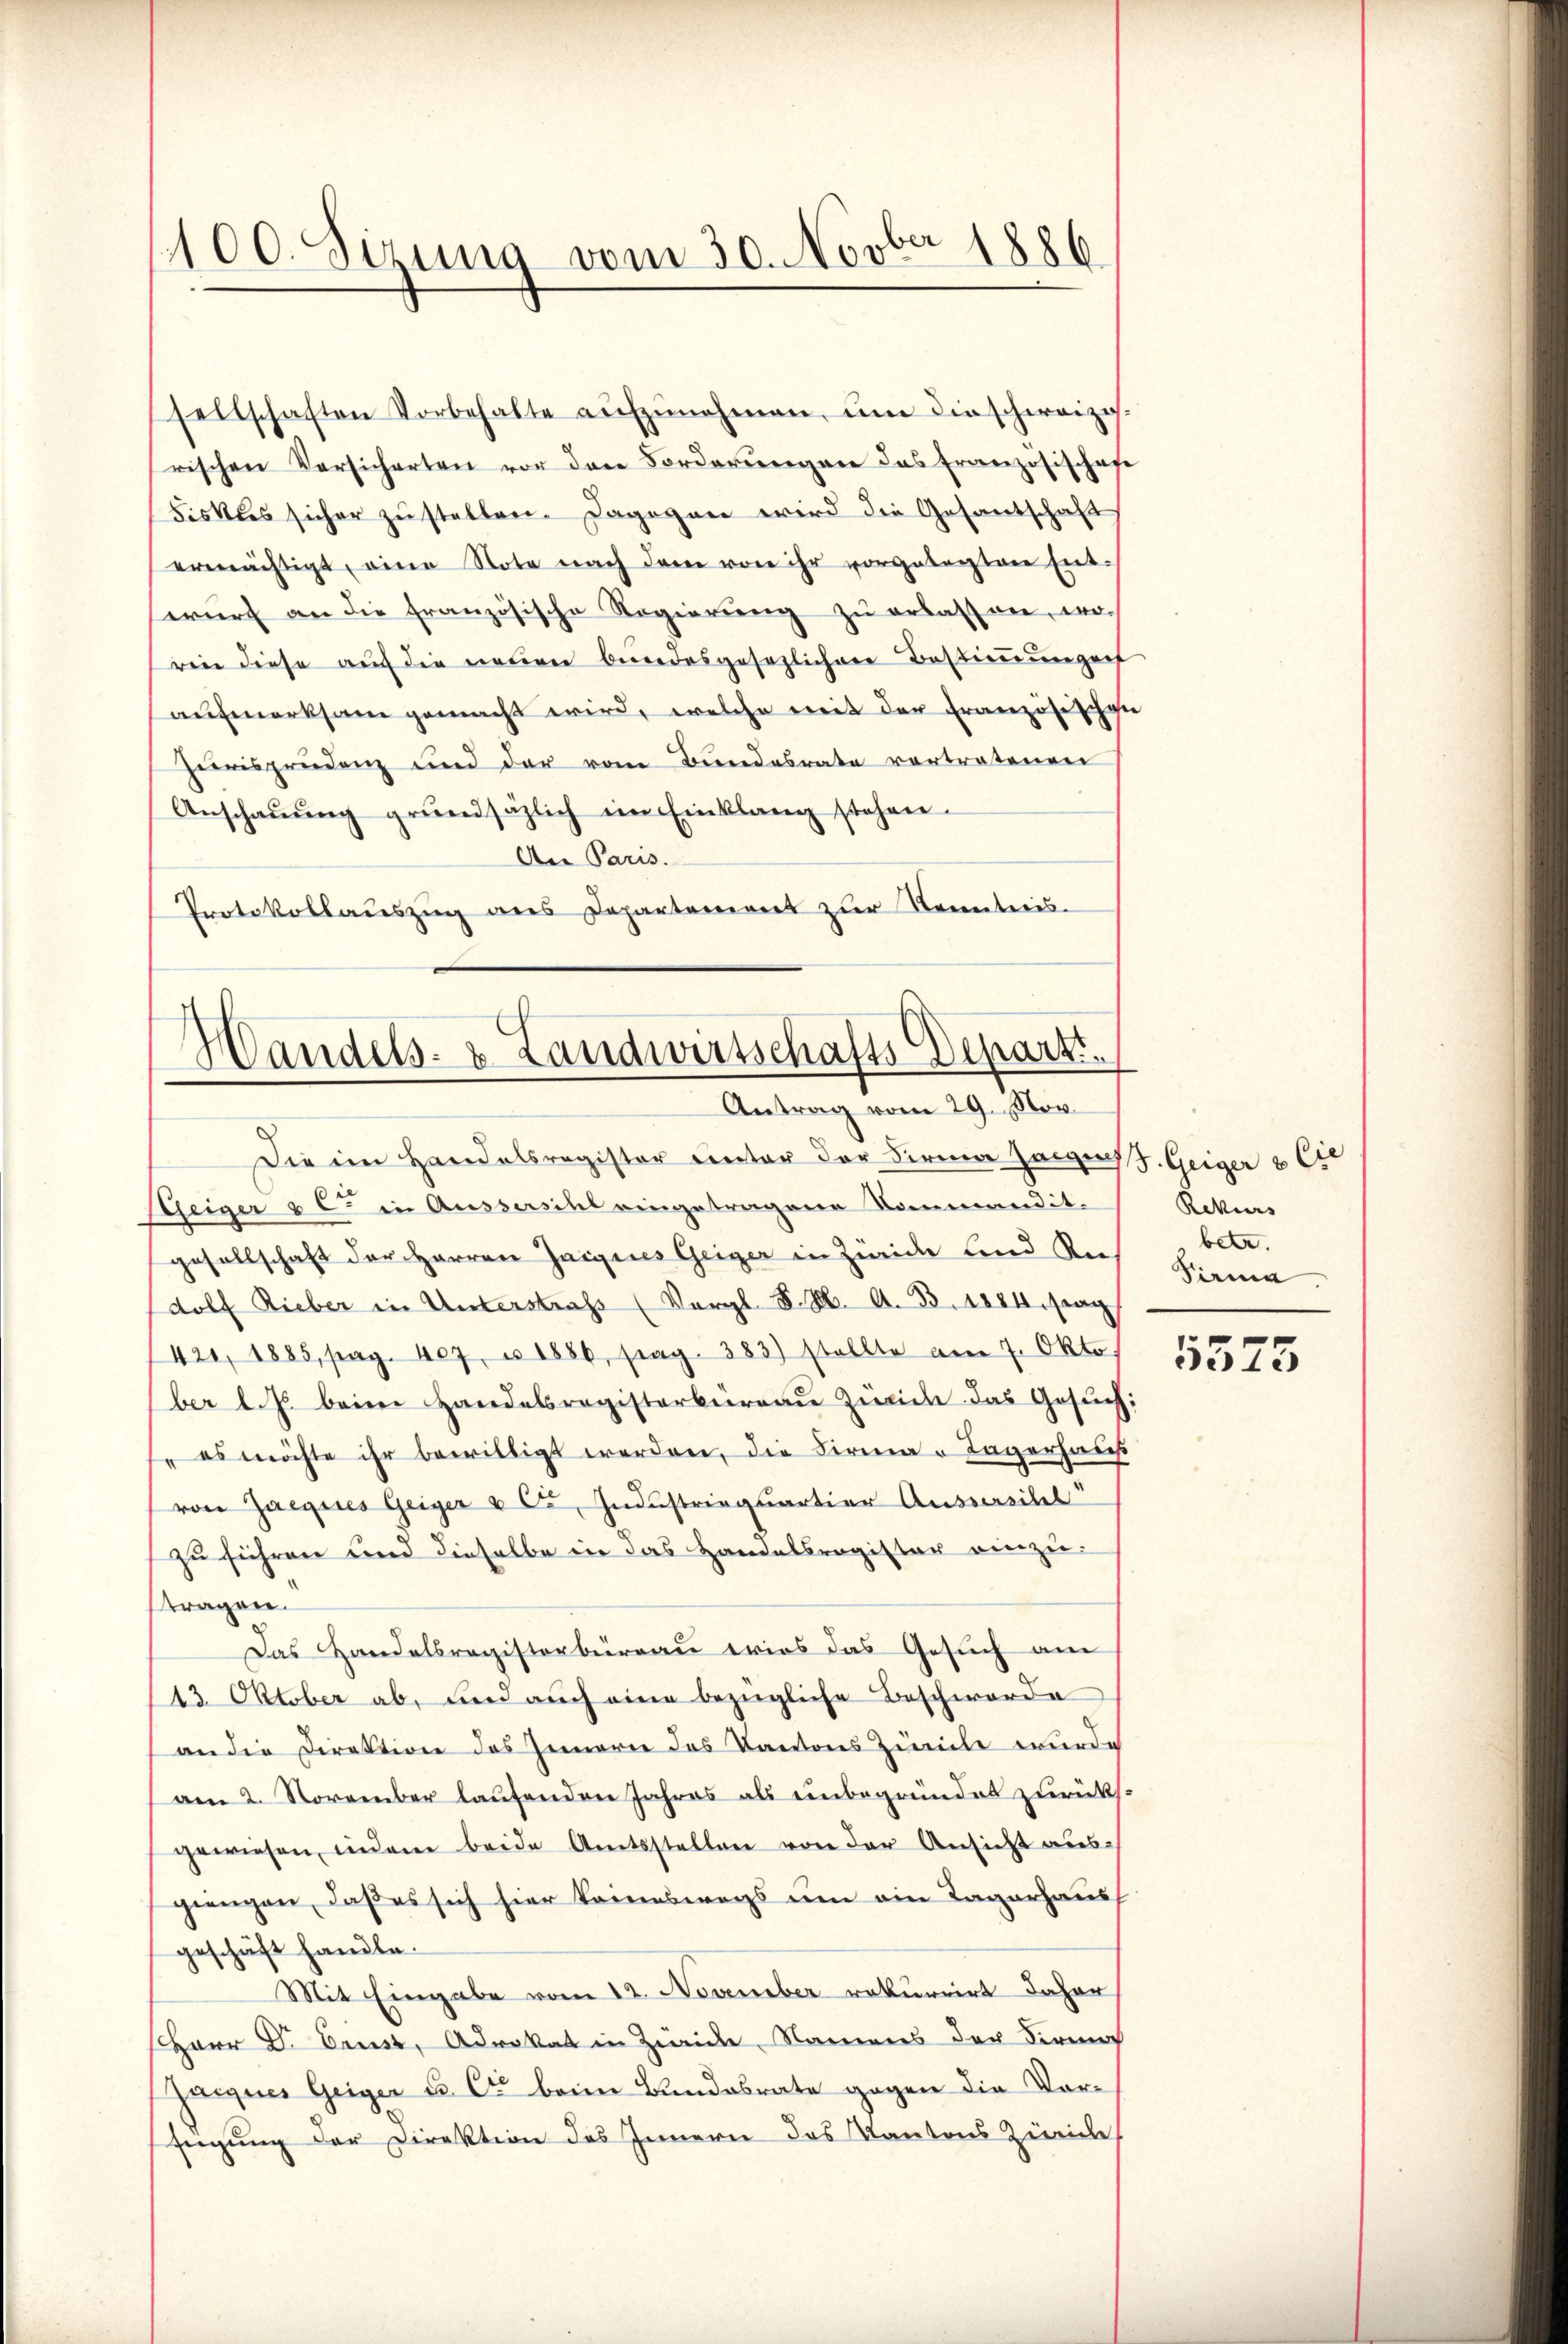
1100. Sizung vom 30. Novber 1886

sellschaften Vorbehalte aŭfzŭnehmen, ŭm die schweiz.
rischen Versicherten vor den Forderŭngen das Französischafe
Fiskus sicher zŭ stellen. Dagegen wird die Gesantschaft
ermächtigt, eine Note nach dem von ihr vorgelegten Enterŭrf an die französische Regierŭng zŭ erlassen, wo
rin diese auf die neuen bundesgesezlichen Bestimmungen
aŭfmerksam gemacht wird, welche mit der Französischen
Jurisprudenz und der vom Bundesrate vortratenen
Anschaŭŭng grŭndsätzlich im Einklang stehen.
An Paris.
Protokollaŭszŭg ans Departement zŭr Kenntnis.

Die im Handelsregister unter der Firma Horges J. Geiger & Cie
Steiger & C in Aussersihl eingetragene Commandit.
gesellschaft der Herren Jaigines Geiger in Zweide und Rec
dolf Rieber in Unterstraf (Vergl. S. M. A. B. 1884 sag
420, 1885, pag. 407. u 1886, pag. 383) stellte am 7. Okto
ber l. Js. beim Handelsregisterbüreaŭ Zürich das Gesŭch:
es möchte ihr bewilligt werden, die Firma - Tagerhaus
von Zaegires Geiger u Ca, Industriequartier Aussersibel
zu führen und dieselbe in das Handelsregister einzutragen.
Das Handelsregisterbüreau wies das Gesuch am
43 Oktober ab, und auch eine bezügliche Beschwerde
an die Direktion des Innern des Kantons Ziele wurde
am 2. November laufenden Jahres als unbegründet zurücksgewiesen, indem beide Amtsstellen von der Ansicht aus-
giengen, daß es sich hier keineswegs um ein Tagerhaus
geschäft handle.
Mit Eingabe vom 12. November rekurrirt daher
HHerr D. Ernst, Advokat in Zwicke, Namens der Firma
Haignes Geiger u. Cie beim Bundesrate gegen die Vorfeigung der Direktion des Innern des Kantons Zürich

Handels- & Landwirtschafts Depart.
Antrag vom 29. Nov.

Rekurs
betr.
Pirma

5575